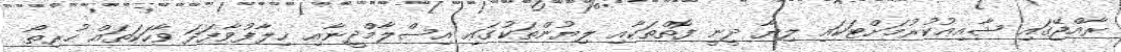
ރާއްޖޭގައި ޝާއިޢުކުރުމަށްޓަކައި ލިޔާ ދީނީ ފޮތްތަކާއި ލިޔުންތަކުގައި އިސްލާމްދީނާއި ޚިލާފުވާފަދަ ވާހަކަތައް ހުރިތޯ